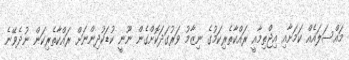
މައްސަލައެއް ކަމަށާއި އިޖްތިމާއީ ރައްކާތެރިކަމުގެ ނިޒާމު ވަރުގަދަކޮށްގެން ނޫނީ ކުޑަކުދިންނަށް ރައްކާތެރިކަން ނުދެވޭނެ